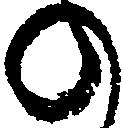
の